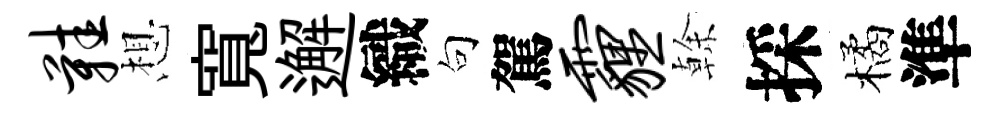
鞋想寬邂織句駕霾𠏉採橘準